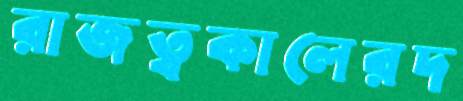
রাজত্বকালেরদ